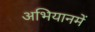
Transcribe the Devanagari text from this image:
अभियानमें